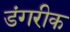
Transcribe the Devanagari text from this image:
डंगरीक